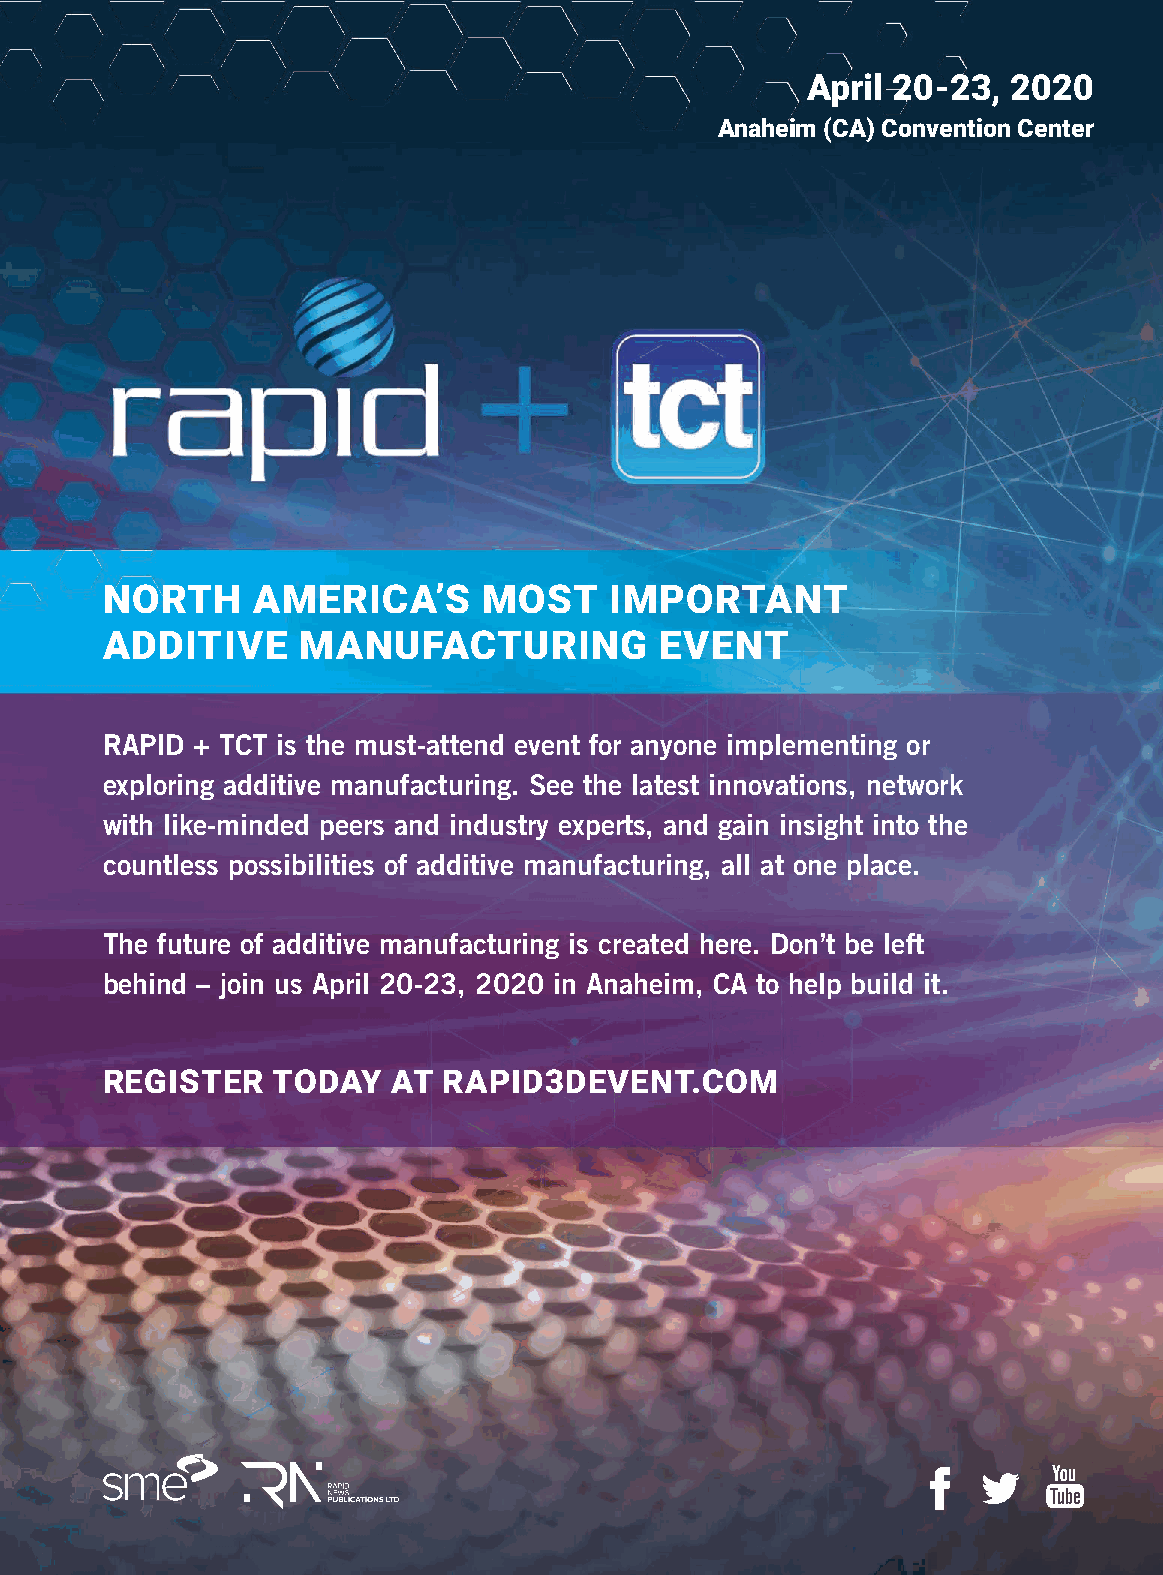
April 20-23,  2020
 Anaheim (CA) Convention Center
 NORTH     AMERICA’S      MOST    IMPORTANT
 ADDITIVE     MANUFACTURING           EVENT
 RAPID + TCT is the must-attend event for anyone implementing or
 exploring additive manufacturing. See the latest innovations, network
 with like-minded peers and industry experts, and gain insight into the
 countless possibilities of additive manufacturing, all at one place.
 The future of additive manufacturing is created here. Don’t be left
 behind – join us April 20-23, 2020 in Anaheim, CA to help build it.
 REGISTER   TODAY   AT RAPID3DEVENT.COM